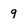
Character: 9